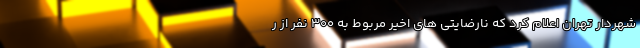
شهردار تهران اعلام کرد که نارضایتی های اخیر مربوط به ۳۰۰ نفر از ر